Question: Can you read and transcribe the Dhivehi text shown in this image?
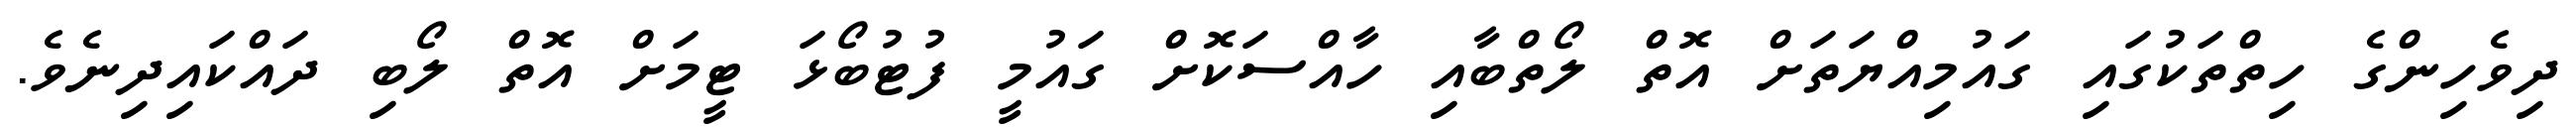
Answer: ދިވެހިންގެ ހިތްތަކުގައި ގައުމިއްޔަތަށް އޮތް ލޯތްބާއި ހާއްސަކޮށް ގައުމީ ފުޓުބޯޅަ ޓީމަށް އޮތް ލޯބި ދައްކައިދިނެވެ.